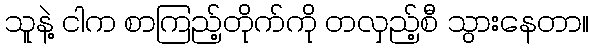
သူနဲ့ ငါက စာကြည့်တိုက်ကို တလှည့်စီ သွားနေတာ။